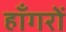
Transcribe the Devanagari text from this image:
हाँगरों